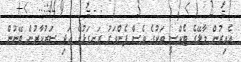
އެއިރުން މާލޭގެ ޓެކްސީ ތަކުގެ ވެސް ފެންވަރު ރަނގަޅުވެ އަދި ސަރުކާރުން ބޭނުން